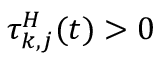
\tau _ { k , j } ^ { H } ( t ) > 0